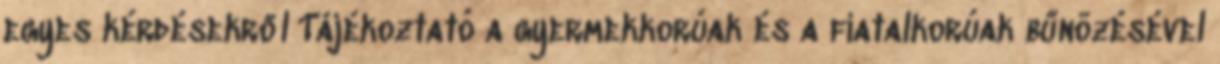
egyes kérdésekről Tájékoztató a gyermekkorúak és a fiatalkorúak bűnözésével